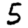
Digit: 5